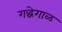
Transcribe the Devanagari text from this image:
गद्धेगाळ